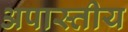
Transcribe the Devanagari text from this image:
अपास्तीय